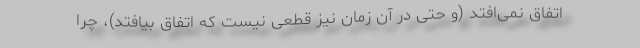
اتفاق نمی‌افتد (و حتی در آن زمان نیز قطعی نیست که اتفاق بیافتد)، چرا